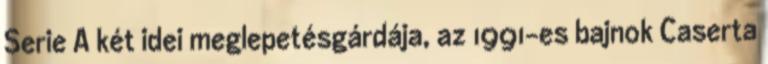
Serie A két idei meglepetésgárdája, az 1991-es bajnok Caserta